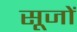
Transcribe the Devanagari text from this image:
सूजों